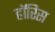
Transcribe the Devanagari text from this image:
हॉरिस